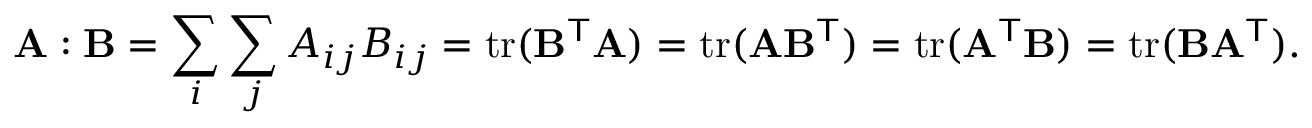
\mathbf { A } : \mathbf { B } = \sum _ { i } \sum _ { j } A _ { i j } B _ { i j } = \operatorname { t r } ( \mathbf { B } ^ { \mathsf { T } } \mathbf { A } ) = \operatorname { t r } ( \mathbf { A } \mathbf { B } ^ { \mathsf { T } } ) = \operatorname { t r } ( \mathbf { A } ^ { \mathsf { T } } \mathbf { B } ) = \operatorname { t r } ( \mathbf { B } \mathbf { A } ^ { \mathsf { T } } ) .